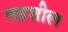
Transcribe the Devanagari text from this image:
तहशील